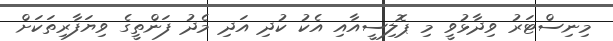
މިނިސްޓަރު ވިދާޅުވީ މި ޕޮލިސީއާއި އެކު ކުދި އަދި މެދު ފަންތީގެ ވިޔަފާރިތަކަށް